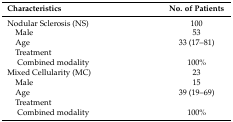
<table><thead><tr><td><b>Characteristics</b></td><td><b>No. of Patients</b></td></tr></thead><tbody><tr><td>Nodular Sclerosis (NS)</td><td>100</td></tr><tr><td> Male</td><td>53</td></tr><tr><td> Age</td><td>33 (17–81)</td></tr><tr><td> Treatment</td><td></td></tr><tr><td>Combined modality</td><td>100%</td></tr><tr><td>Mixed Cellularity (MC)</td><td>23</td></tr><tr><td> Male</td><td>15</td></tr><tr><td> Age</td><td>39 (19–69)</td></tr><tr><td> Treatment</td><td></td></tr><tr><td>Combined modality</td><td>100%</td></tr></tbody></table>